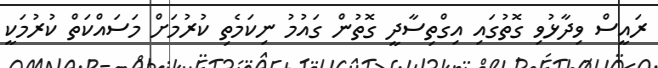
ރައީސް ވިދާޅުވި ގޮތުގައި އިގްތިސާދީ ގޮތުން ގައުމު ނިކަމެތި ކުރުމަށް މަސައްކަތް ކުރުމަކީ